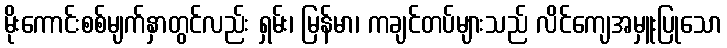
မိုးကောင်းစစ်မျက်နှာတွင်လည်း ရှမ်း၊ မြန်မာ၊ ကချင်တပ်များသည် လိင်ကျေအမှူးပြုသော